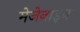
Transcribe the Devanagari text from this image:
मेजेनाइन